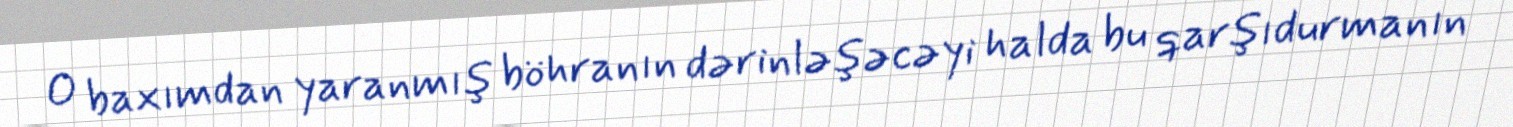
O baxımdan yaranmış böhranın dərinləşəcəyi halda bu qarşıdurmanın